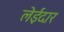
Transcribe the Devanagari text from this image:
लेईदार